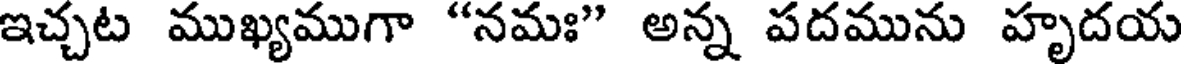
ఇచ్చట ముఖ్యముగా "నమః" అన్న పదమును హృదయ